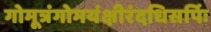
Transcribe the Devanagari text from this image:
गोमूत्रंगोमयंक्षीरंदधिसर्पिः